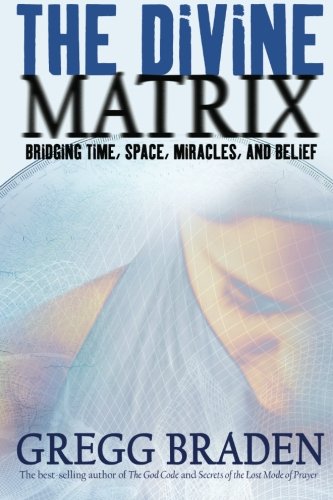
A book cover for The Divine Matrix: Bridging Time, Space, Miracles, and Belief; Gregg Braden; Religion & Spirituality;